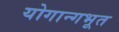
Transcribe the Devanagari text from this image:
योगान्गभूत